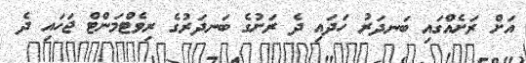
އަށް ރަށެއްގައި ބަނދަރު ހަދައި ދެ ރަށުގެ ބަނދަރުގެ ރިވެޓްމަންޓް ޖަހައި ދެ